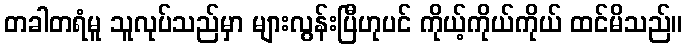
တခါတရံမူ သူလုပ်သည်မှာ များလွန်းပြီဟုပင် ကိုယ့်ကိုယ်ကိုယ် ထင်မိသည်။